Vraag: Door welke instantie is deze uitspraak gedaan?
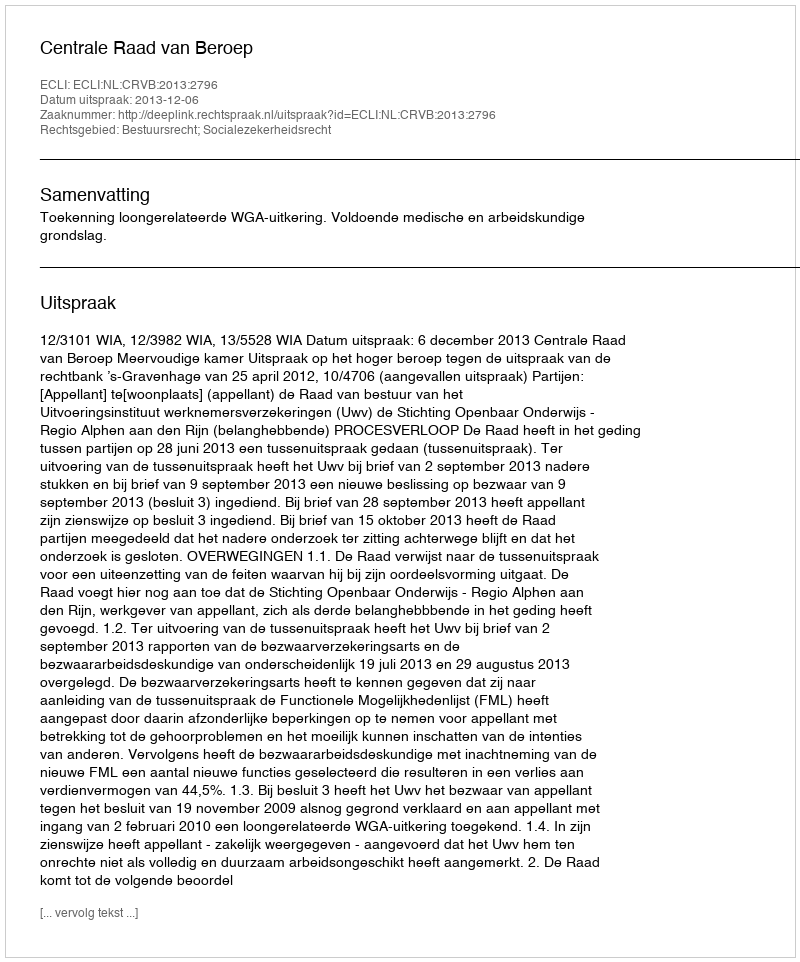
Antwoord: Centrale Raad van Beroep